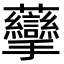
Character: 䖂